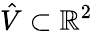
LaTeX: \hat{V}\subset\mathbb{R}^{2}